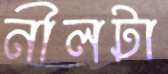
নীলটা